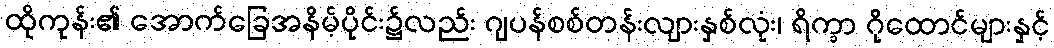
ထိုကုန်း၏ အောက်ခြေအနိမ့်ပိုင်း၌လည်း ဂျပန်စစ်တန်းလျားနှစ်လုံး၊ ရိက္ခာ ဂိုထောင်များနှင့်